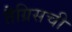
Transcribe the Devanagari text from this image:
तैग्रिसची